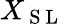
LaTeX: X_{\mathrm{~S~L~}}